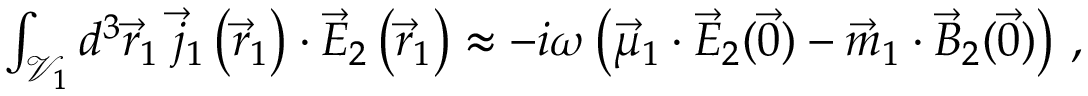
\begin{array} { r } { \int _ { \mathcal { V } _ { 1 } } d ^ { 3 } \vec { r } _ { 1 } \; \vec { j } _ { 1 } \left( \vec { r } _ { 1 } \right) \cdot \vec { E } _ { 2 } \left( \vec { r } _ { 1 } \right) \approx - i \omega \left( \vec { \mu } _ { 1 } \cdot \vec { E } _ { 2 } ( \vec { 0 } ) - \vec { m } _ { 1 } \cdot \vec { B } _ { 2 } ( \vec { 0 } ) \right) \, , } \end{array}